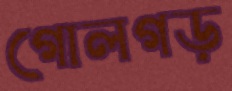
গোলগড়